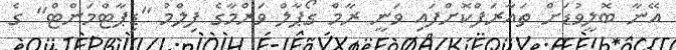
އޭނާ ބޮލީވުޑަށް ތައާރަފްކޮށްފައި ވަނީ ރާމް ގޯޕާލް ވަރްމާގެ ފިލްމު "ޑިޕާޓްމަންޓް" ގެ